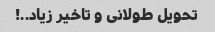
تحویل طولانی و تاخیر زیاد..!